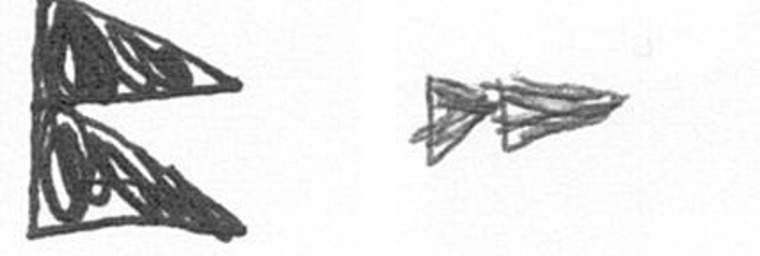
P A